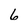
Character: 6